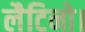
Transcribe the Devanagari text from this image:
लैटिनो।